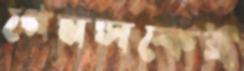
গেমসকেই